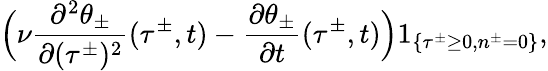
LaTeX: \Big(\nu\frac{\partial^{2}\theta_{\pm}}{\partial(\tau^{\pm})^{2}}(\tau^{\pm},t)-\frac{\partial\theta_{\pm}}{\partial t}(\tau^{\pm},t)\Big)1_{\{ \tau^{\pm}\geq 0,n^{\pm}=0\} },